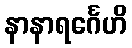
နာနာရင်္ဂေဟိ